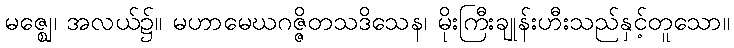
မဇ္ဈေ၊ အလယ်၌။ မဟာမေဃဂဇ္ဇိတသဒိသေန၊ မိုးကြီးချုန်းဟီးသည်နှင့်တူသော။